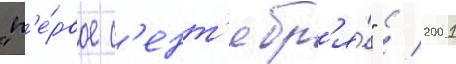
"п'е́рвое с'ент'ябр'я́" / 2001